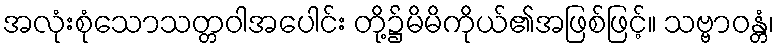
အလုံးစုံသောသတ္တဝါအပေါင်း တို့၌မိမိကိုယ်၏အဖြစ်ဖြင့်။ သဗ္ဗာဝန္တံ၊